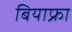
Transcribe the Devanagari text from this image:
बियाफ्रा